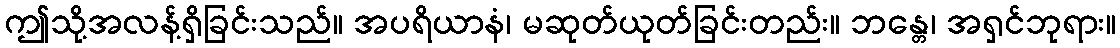
ဤသို့အလန့်ရှိခြင်းသည်။ အပရိယာနံ၊ မဆုတ်ယုတ်ခြင်းတည်း။ ဘန္တေ၊ အရှင်ဘုရား။